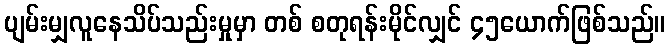
ပျမ်းမျှလူနေသိပ်သည်းမှုမှာ တစ် စတုရန်းမိုင်လျှင် ၄၅ယောက်ဖြစ်သည်။